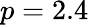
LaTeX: p=2.4